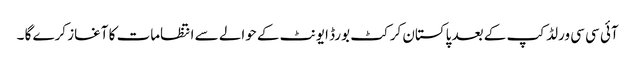
آئی سی سی ورلڈ کپ کے بعد پاکستان کرکٹ بورڈ ایونٹ کے حوالے سے انتظامات کا آغاز کرے گا ۔